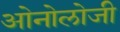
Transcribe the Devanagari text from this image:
ओनोलोजी